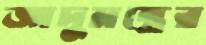
জাদুমন্ত্রের